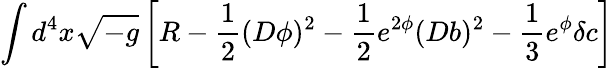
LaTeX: \int d^{4}x\sqrt{-g}\left[R-\frac{1}{2}(D\phi)^{2}-\frac{1}{2}e^{2\phi}(Db)^{2}-\frac{1}{3}e^{\phi}\delta c\right]